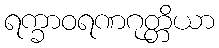
ရက္ခာဝရဏဂုတ္တိယာ